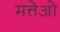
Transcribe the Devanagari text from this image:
मत्तेओ